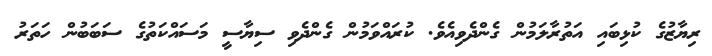
ރިޔާޒުގެ ކުޅިބައި އަތުރާލަމުން ގެންދެވިއެވެ. ކުރައްވަމުން ގެންދެވި ސިޔާސީ މަސައްކަތުގެ ސަބަބުން ހަތަރު